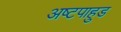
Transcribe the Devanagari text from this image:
अष्टपाहुड